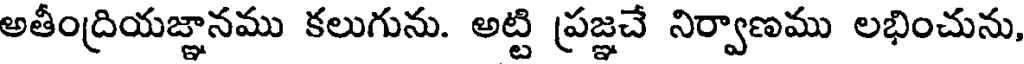
అతీంద్రియజ్ఞానము కలుగును. అట్టి ప్రజ్ఞచే నిర్వాణము లభించును,